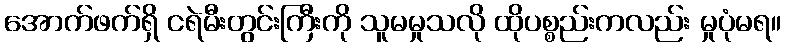
အောက်ဖက်ရှိ ငရဲမီးတွင်းကြီးကို သူမမှုသလို ထိုပစ္စည်းကလည်း မှုပုံမရ။